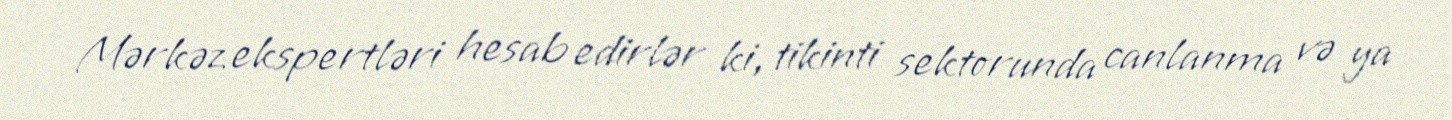
Mərkəz ekspertləri hesab edirlər ki, tikinti sektorunda canlanma və ya